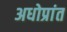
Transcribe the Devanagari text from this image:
अधोप्रांत